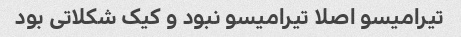
تیرامیسو اصلا تیرامیسو نبود و کیک شکلاتی بود